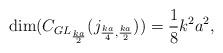
LaTeX: \begin{align*}\dim(C_{GL_\frac{ka}{2}}{(j_{\frac{ka}{4},\frac{ka}{2}})})= \frac{1}{8}k^2a^2,\end{align*}